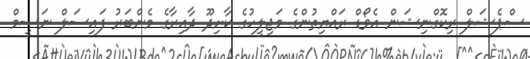
ސްޕެޝަލް ރިކޮގްނިޝަން އެވޯޑް ރައްޔިތުންގެ މަޖިލީހުގެ ކާށިދޫ ދާއިރާގެ މެންބަރު ފައިސަލް ނަސީމް